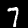
Digit: 7